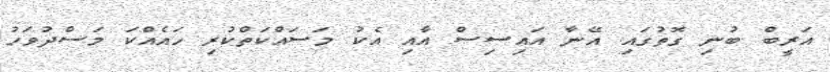
އަރީބް ބުނި ގޮތުގައި އޭނާ އައިސިސް އާއި އެކު މަސައްކަތްކުރި ހައެއްކަ މަސްދުވަހު